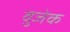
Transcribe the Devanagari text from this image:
वुजेक